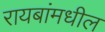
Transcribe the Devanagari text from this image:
रायबांमधील